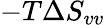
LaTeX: -T\Delta S_{vv}